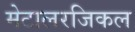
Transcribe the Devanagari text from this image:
मेटालरजिकल